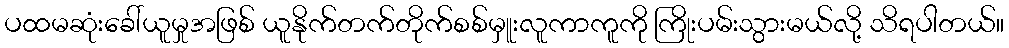
ပထမဆုံးခေါ်ယူမှုအဖြစ် ယူနိုက်တက်တိုက်စစ်မှူးလူကာကူကို ကြိုးပမ်းသွားမယ်လို့ သိရပါတယ်။